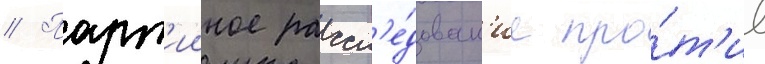
// Парт'ииное рассл'е́дован'ие про́т'ив